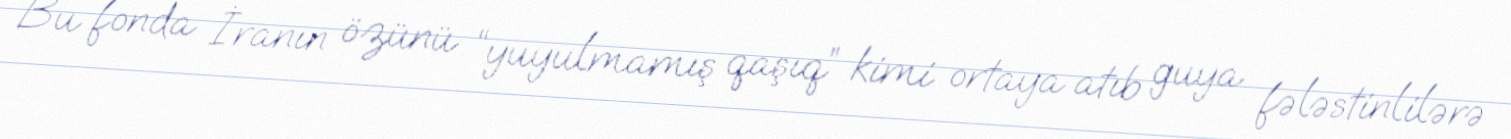
Bu fonda İranın özünü “yuyulmamış qaşıq” kimi ortaya atıb guya fələstinlilərə